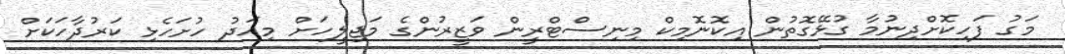
މަގު ފަހިކޮށްދިނުމާ ގުޅޭގޮތުން އިކޮނޮމިކް މިނިސްޓްރީން ވަޒީރުންގެ މަޖިލީހަށް މިއަދު ހުށަހެޅި ކަރުދާހަކަށް